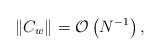
\begin{align*}\|C_w\|_{} = \mathcal{O}\left( N^{-1} \right),\end{align*}